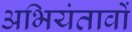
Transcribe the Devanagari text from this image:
अभियंतावों